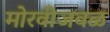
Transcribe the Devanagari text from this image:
मोरवीजवळ